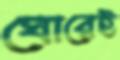
ঘোরেই